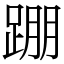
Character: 𨂃